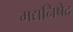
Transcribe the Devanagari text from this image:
मद्यनिषेद